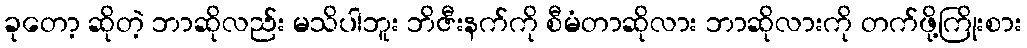
ခုတော့ ဆိုတဲ့ ဘာဆိုလည်း မသိပါဘူး ဘိဇီးနက်ကို စီမံတာဆိုလား ဘာဆိုလားကို တက်ဖို့ကြိုးစား